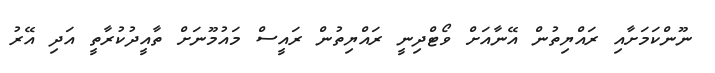
ނޫންކަމަށާއި ރައްޔިތުން އޭނާއަށް ވޯޓްދިނީ ރައްޔިތުން ރައީސް މައުމޫނަށް ތާއީދުކުރާތީ އަދި އޭރު